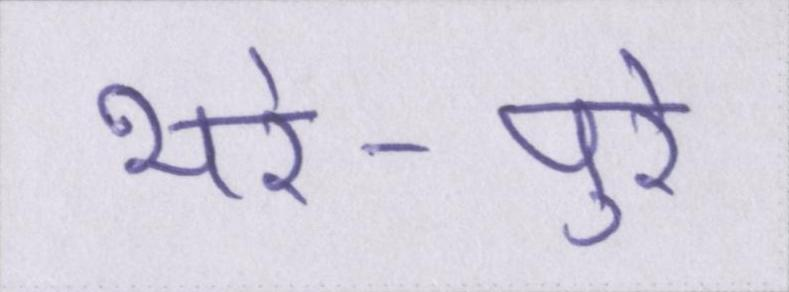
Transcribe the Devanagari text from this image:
भरे-पुरे